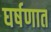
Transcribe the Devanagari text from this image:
घर्षणात